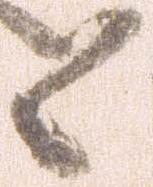
候